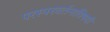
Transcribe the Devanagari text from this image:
परस्परवर्तनाविषयी